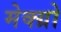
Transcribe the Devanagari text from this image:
मेक्ग्रो